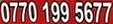
0770 199 5677